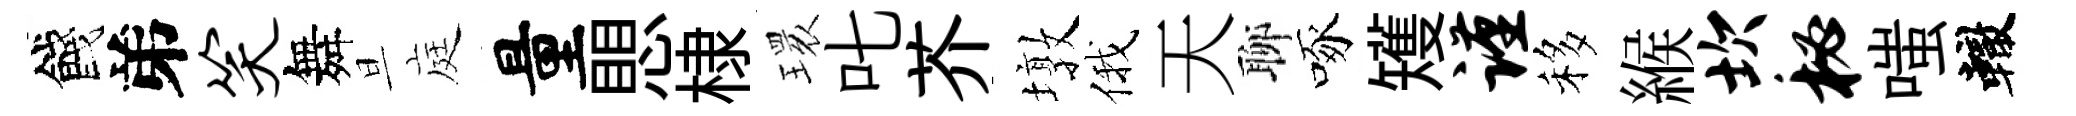
餞弟笑舞旦庭量愳棣𤨔叱芥墩俄天聊啄矱谨移緱坎秘嗤轍